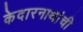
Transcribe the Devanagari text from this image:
केदारनाथांची